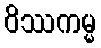
ဝိဿကမ္မ